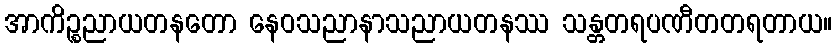
အာကိဉ္စညာယတနတော နေဝသညာနာသညာယတနဿ သန္တတရပဏီတတရတာယ။